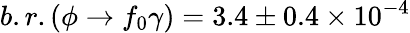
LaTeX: b.r.(\phi\to f_{0}\gamma)=3.4\pm 0.4\times 10^{-4}